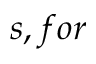
s , f o r